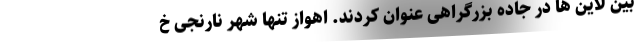
بین لاین ها در جاده بزرگراهی عنوان کردند. اهواز تنها شهر نارنجی خ